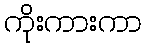
ကိုးကားကာ